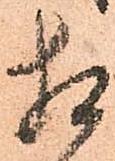
相